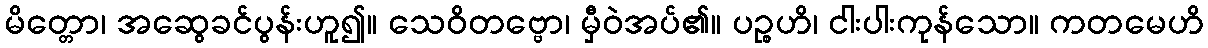
မိတ္တော၊ အဆွေခင်ပွန်းဟူ၍။ သေဝိတဗ္ဗော၊ မှီဝဲအပ်၏။ ပဉ္စဟိ၊ ငါးပါးကုန်သော။ ကတမေဟိ